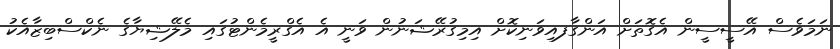
ނަމަވެސް އޭސީސީން އެގޮތަށް އަންގާފއިވަނިކޮށް އިމިގުރޭޝަނުން ވަނީ އެ އެގްރީމެންޓުގައި މެލޭޝިޔާގެ ނެކްސްބިޒާއެކު